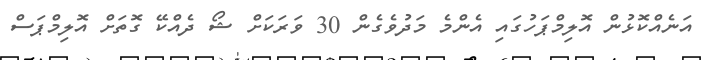
އަނެއްކޮޅުން އޮލިމްޕަހުގައި އެންމެ މަދުވެގެން 30 ވަރަކަށް ޝޯ ދެއްކޭ ގޮތަށް އޮލިމްޕަސް